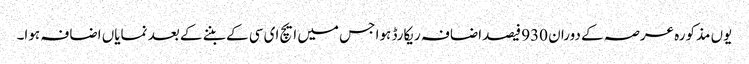
یوں مذکورہ عرصہ کے دوران 930 فیصداضافہ ریکارڈ ہوا جس میں ایچ ای سی کے بننے کے بعد نمایاں اضافہ ہوا۔